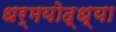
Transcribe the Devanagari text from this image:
धर्मयोद्ध्या